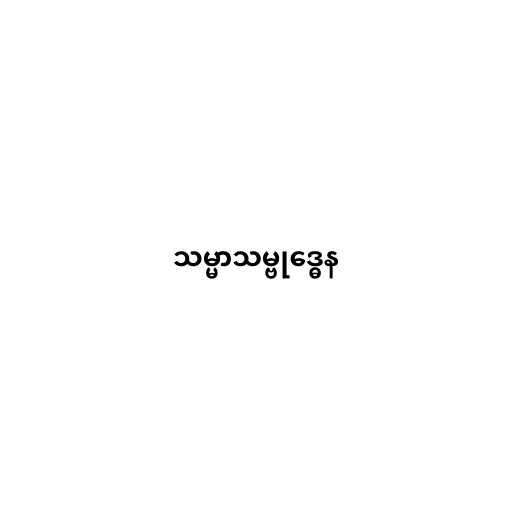
သမ္မာသမ္ဗုဒ္ဓေန